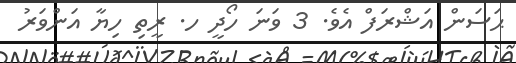
ޙަސަން އަޝްރަފް އެވެ. 3 ވަނަ ހޯދީ ހ. ރީތި ހިޔާ އަންވަރު